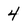
Character: 4